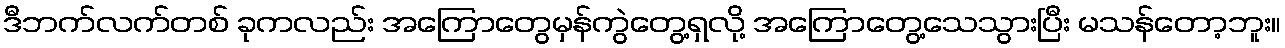
ဒီဘက်လက်တစ် ခုကလည်း အကြောတွေမှန်ကွဲတွေ့ရှလို့ အကြောတွေ့သေသွားပြီး မသန်တော့ဘူး။